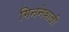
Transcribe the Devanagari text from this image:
गिननेवाली